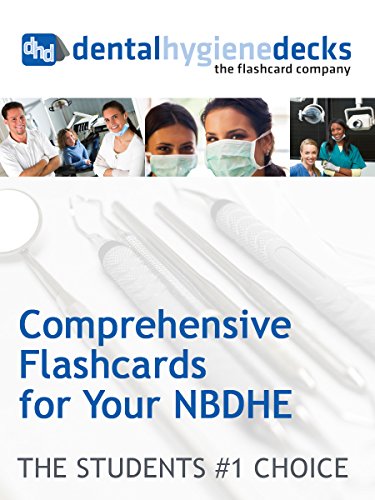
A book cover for Dental Hygiene Decks; Jim Lozier; Medical Books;